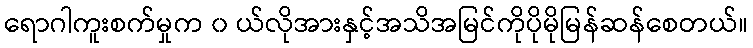
ရောဂါကူးစက်မှုက ၀ ယ်လိုအားနှင့်အသိအမြင်ကိုပိုမိုမြန်ဆန်စေတယ်။